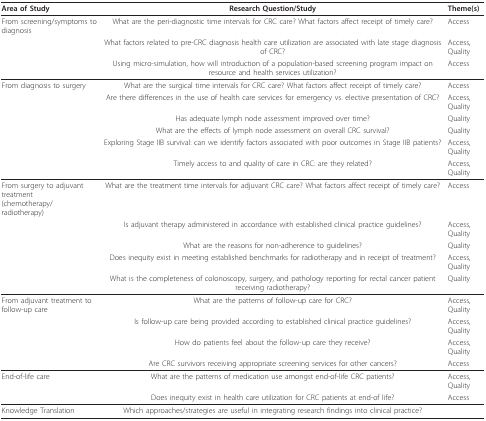
<table><thead><tr><td><b>Area of Study</b></td><td><b>Research Question/Study</b></td><td><b>Theme(s)</b></td></tr></thead><tbody><tr><td>From screening/symptoms to diagnosis</td><td>What are the peri-diagnostic time intervals for CRC care? What factors affect receipt of timely care?</td><td>Access</td></tr><tr><td></td><td>What factors related to pre-CRC diagnosis health care utilization are associated with late stage diagnosis of CRC?</td><td>Access, Quality</td></tr><tr><td></td><td>Using micro-simulation, how will introduction of a population-based screening program impact on resource and health services utilization?</td><td>Access</td></tr><tr><td>From diagnosis to surgery</td><td>What are the surgical time intervals for CRC care? What factors affect receipt of timely care?</td><td>Access</td></tr><tr><td></td><td>Are there differences in the use of health care services for emergency vs. elective presentation of CRC?</td><td>Access, Quality</td></tr><tr><td></td><td>Has adequate lymph node assessment improved over time?</td><td>Quality</td></tr><tr><td></td><td>What are the effects of lymph node assessment on overall CRC survival?</td><td>Quality</td></tr><tr><td></td><td>Exploring Stage IIB survival: can we identify factors associated with poor outcomes in Stage IIB patients?</td><td>Access, Quality</td></tr><tr><td></td><td>Timely access to and quality of care in CRC: are they related?</td><td>Access, Quality</td></tr><tr><td>From surgery to adjuvant treatment(chemotherapy/radiotherapy)</td><td>What are the treatment time intervals for adjuvant CRC care? What factors affect receipt of timely care?</td><td>Access</td></tr><tr><td></td><td>Is adjuvant therapy administered in accordance with established clinical practice guidelines?</td><td>Access, Quality</td></tr><tr><td></td><td>What are the reasons for non-adherence to guidelines?</td><td>Quality</td></tr><tr><td></td><td>Does inequity exist in meeting established benchmarks for radiotherapy and in receipt of treatment?</td><td>Access, Quality</td></tr><tr><td></td><td>What is the completeness of colonoscopy, surgery, and pathology reporting for rectal cancer patient receiving radiotherapy?</td><td>Quality</td></tr><tr><td>From adjuvant treatment tofollow-up care</td><td>What are the patterns of follow-up care for CRC?</td><td>Access, Quality</td></tr><tr><td></td><td>Is follow-up care being provided according to established clinical practice guidelines?</td><td>Access, Quality</td></tr><tr><td></td><td>How do patients feel about the follow-up care they receive?</td><td>Access, Quality</td></tr><tr><td></td><td>Are CRC survivors receiving appropriate screening services for other cancers?</td><td>Access</td></tr><tr><td>End-of-life care</td><td>What are the patterns of medication use amongst end-of-life CRC patients?</td><td>Access, Quality</td></tr><tr><td></td><td>Does inequity exist in health care utilization for CRC patients at end-of life?</td><td>Access</td></tr><tr><td>Knowledge Translation</td><td>Which approaches/strategies are useful in integrating research findings into clinical practice?</td><td></td></tr></tbody></table>